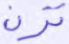
ترن